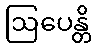
ဩပေန္တိ